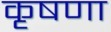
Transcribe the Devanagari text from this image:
कृषणा